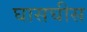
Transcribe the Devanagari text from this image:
घासघीस